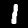
Digit: 1